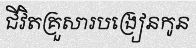
ជីវិតគ្រួសារបង្រៀនកូន